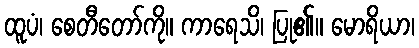
ထူပံ၊ စေတီတော်ကို။ ကာရေသိ၊ ပြု၏။ မောရိယာ၊